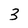
Character: 3